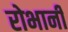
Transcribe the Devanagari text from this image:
रोभानी